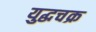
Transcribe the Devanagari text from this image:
युद्धचक्र